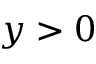
y > 0